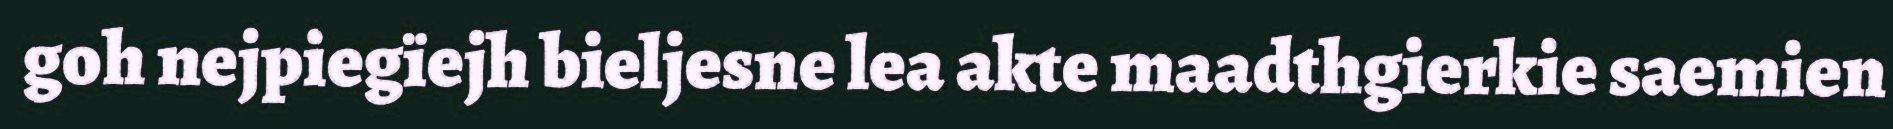
goh nejpiegïejh bieljesne lea akte maadthgierkie saemien